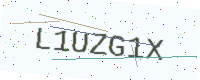
Text: L1UZG1X